Report of the Bombay Plague Committee
Disease focus: Plague
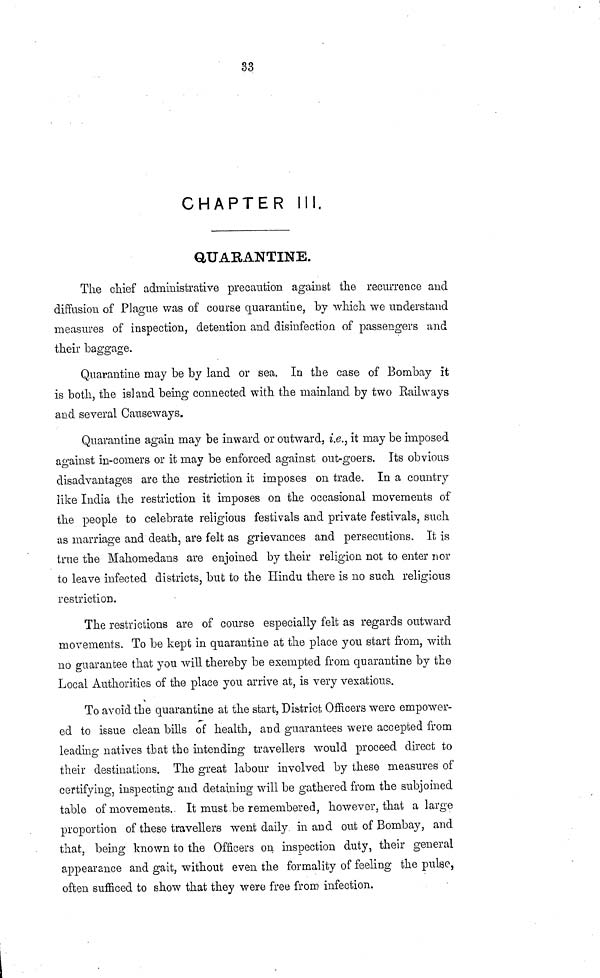
33
CHAPTER III.
QUARANTINE.
The chief administrative precaution against the recurrence and
diffusion of Plague was of course quarantine, by which we understand
measures of inspection, detention and disinfection of passengers und
their baggage.
Quarantine may be by land or sea. In the case of Bombay it
is both, the island being connected with the mainland by two Railways
and several Causeways.
Quarantine again may be inward or outward, i.e., it may be imposed
against in-comers or it may be enforced against out-goers. Its obvious
disadvantages are the restriction it imposes on trade. In a country
like India the restriction it imposes on the occasional movements of
the people to celebrate religious festivals and private festivals, such
•as marriage and death, are felt as grievances and persecutions. It is
true the Mahomedans are enjoined by their religion not to enter nor
to leave infected districts, but to the Hindu there is no such religious
restriction.
The restrictions are of course especially felt as regards outward
movements. To be kept in quarantine at the place you start from, with
no guarantee that you will thereby be exempted from quarantine by the
Local Authorities of the place you arrive at, is very vexatious.
To avoid the quarantine at the start, District Officers were empower-
ed to issue clean bills of health, and guarantees were accepted from
leading natives that the intending travellers would proceed direct to
their destinations. The great labour involved by these measures of
certifying, inspecting and detaining will be gathered from the subjoined
table of movements. It must be remembered, however, that a large
proportion of these travellers went daily in and out of Bombay, and
that, being known to the Officers on inspection duty, their general
appearance and gait, without even the formality of feeling the pulse,
often sufficed to show that they were free from infection.